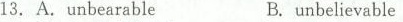
13. A. unbearableB. unbelievable